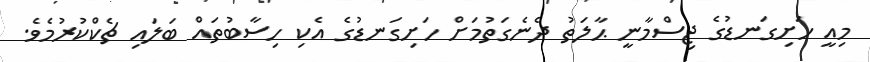
މިއީ ހަށިގަނޑުގެ ޖިސްމާނީ ޙާލަތު ދެނެގަތުމަށް ހަށިގަނޑުގެ އެކި ހިސާބުތައް ބަލައި ޗެކްކުރުމެވެ.